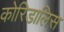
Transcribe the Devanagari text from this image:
कोरिडालिस